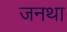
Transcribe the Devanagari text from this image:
जनथा